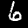
Digit: 6